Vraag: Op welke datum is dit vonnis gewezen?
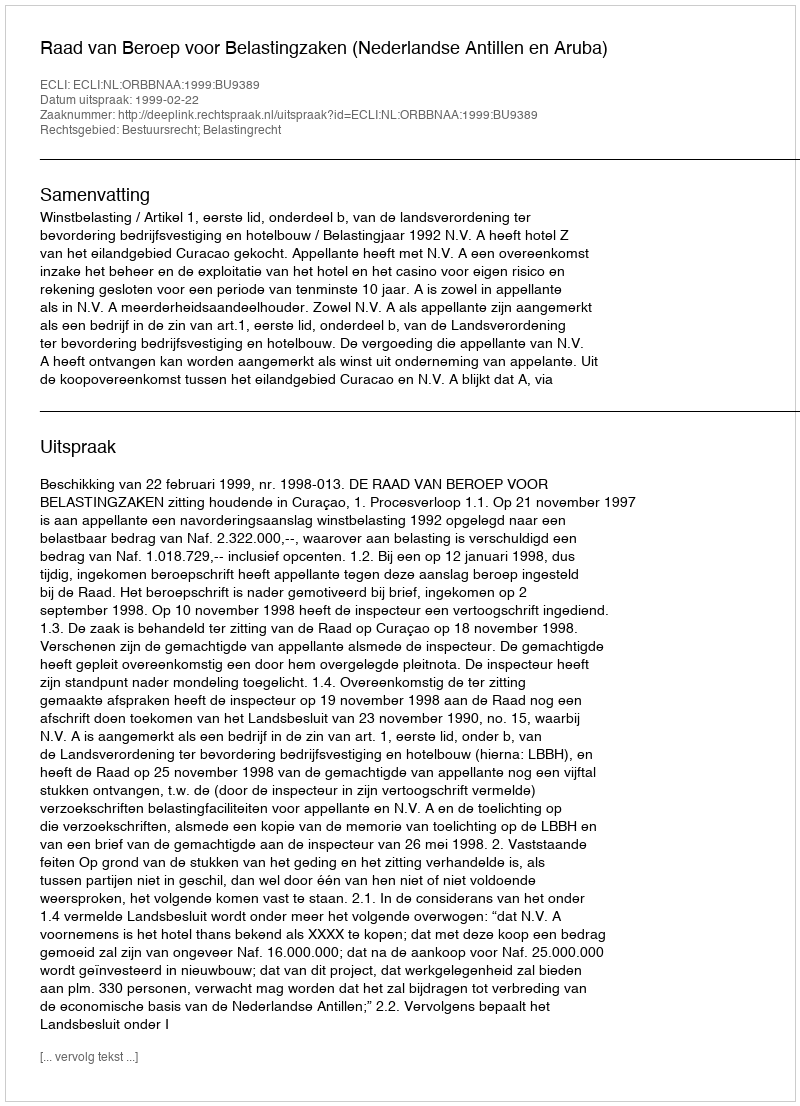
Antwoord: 1999-02-22